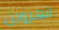
الهروين